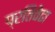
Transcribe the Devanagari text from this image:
प्रतिवेढा